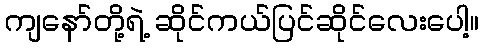
ကျနော်တို့ရဲ့ ဆိုင်ကယ်ပြင်ဆိုင်လေးပေါ့။